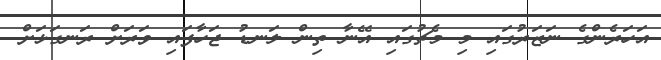
އަހަރެންގެ ނަޒަރުގައި މި މެޗުގައި އޭނާ ތިން ލަނޑު ޖަހާފައި ވަރަށް ރަނގަޅަށް